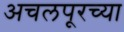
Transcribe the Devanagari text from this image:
अचलपूरच्या